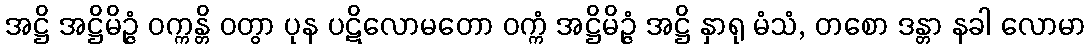
အဋ္ဌိ အဋ္ဌိမိဉ္ဇံ ဝက္ကန္တိ ဝတွာ ပုန ပဋိလောမတော ဝက္ကံ အဋ္ဌိမိဉ္ဇံ အဋ္ဌိ နှာရု မံသံ, တစော ဒန္တာ နခါ လောမာ